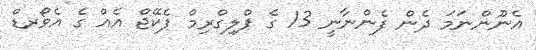
އެނޫންނަމަ ދެން ފެންނާނީ 13 ގެ ޕްލިގްރިމް ޕެކޭޖް އެއް ގެ އެވޯރޑް